Vaccination in the Punjab 1897-1904 - 1897-1904
Year: 1897
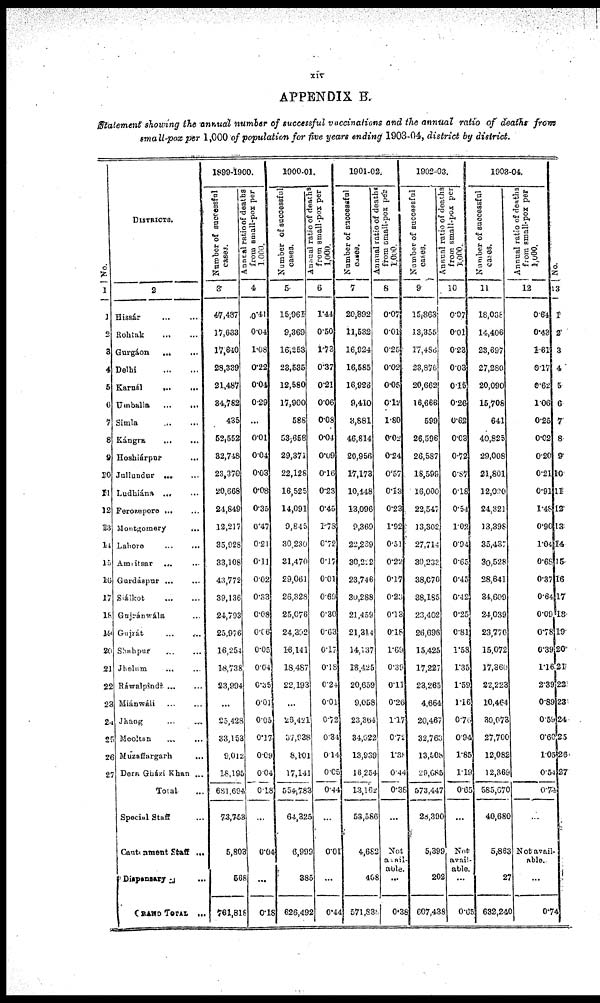
xiv
APPENDIX B.
Statement showing the annual number of successful vaccinations and the annual ratio of deaths from
small-pox per 1,000 of population for five years ending 1903-04, district by district.
No.
1
1
2
3
4
5
6
7
8
9
10
11
12
13
14
15
16
17
18
19
20
21
22
23
24
25
26
27
DISTRICTS.
2
Hissár ... ...
Rohtak ... ...
Gurgáon
... ...
Delhi ... ...
Karnál
... ...
Umballa
...
...
Simla
... ...
Kángra ... ...
Hoshiárpur ...
Jullundur ... ...
Ludhiána ... ...
Ferozepore ...
...
Montgomery
...
Lahore ... ...
Amritsar ... ...
Gurdáspur ... ...
Siálkot
...
...
Gujránwála ...
Gujrát
...
...
Shahpur
... ...
Jhelum ... ...
Ráwalpindi ... ...
Miánwáli ... ...
Jhang ... ...
Mooltan ... ...
Muzaffargarh ...
Dera Gházi Khan ...
Total ...
Special Staff ...
Cantonment Staff ...
Dispensary ...
GRAND TOTAL ...
1899-1900.
N umber of successful
cases.
3
47,437
17,633
17,640
28,339
21,487
34,782
435
52,552
32,748
23,370
20,668
24,849
12,217
35,928
33,108
43,772
39,136
24,793
25,976
16,254
18,738
23,994
...
25,428
33,153
9,012
18,195
681,694
73,753
5,803
568
761,818
Annual ratio of deaths
from small-pox per
1,000.
4
0.41
0.04
1.08
0.22
0.04
0.29
...
0.01
0.04
0.03
0.08
0.35
0.47
0.21
0.11
0.02
0.33
0.08
0.06
0.05
0.04
0.35
0.01
0.05
0.17
0.09
0.04
0.18
...
0.04
...
0.18
1900-01.
Number of successful
cases.
5
15,961
9,369
16,253
23,535
12,580
17,900
588
53,658
29,371
22,128
16,525
14,091
9,845
30,230
31,470
29,061
26,328
25,076
24,392
16,141
18,487
22,193
...
26,421
37,938
8,101
17,141
554,783
64,325
6,999
385
626,492
Annual ratio of deaths
from small-pox per
1,000.
6
1.44
0.50
1.73
0.37
0.21
0.06
0.08
0.04
0.09
0.16
0.23
0.45
1.78
0.72
0.17
0.01
0.69
0.30
0.63
0.17
0.18
0.24
0.01
0.72
0.34
0.14
0.05
0.44
...
0.01
...
0.44
1901-02.
Number of successful
cases.
7
20,892
11,532
16,924
16,585
16,926
9,410
3,881
46,814
20,956
17,173
10,448
13,096
9,369
22,289
30,222
23,746
30,288
21,459
21,314
14,137
18,425
20,659
9,058
23,364
34,022
13,939
16,254
13,162
53,586
4,682
408
571,838
Annual ratio of deaths
from small-pox pér
1,000.
8
0.07
0.01
0.25
0.02
0.05
0.12
1.80
0.02
0.24
0.57
0.13
0.23
1.92
0.51
0.22
0.17
0.23
0.13
0.18
1.69
0.39
0.11
0.26
1.17
0.72
1.38
0.44
0.38
...
Not
avail¬
able.
...
0.38
1902-03.
Number of successful
cases.
9
15,863
13,355
17,486
23,876
20,662
16,666
599
26,596
26,587
18,599
16,000
22,547
13,302
27,714
30,233
38,070
38,185
23,402
26,696
15,425
17,227
23,265
4,664
20,467
32,763
13,508
29,685
573,447
28,390
5,399
202
607,438
Annual ratio of deaths
from small-pox per
1,000.
10
0.07
0.01
0.23
0.03
0.15
0.26
0.62
0.03
0.72
0.87
0.18
0.54
1.02
0.94
0.65
0.45
0.42
0.25
0.81
1.58
1.35
1.59
1.16
0.76
0.94
1.85
1.19
0.65
...
Not
avail-
able.
...
0.65
1903-04.
Number of successful
cases.
11
18,038
14,406
23,697
27,280
20,090
15,708
641
40,825
29,008
21,801
12,090
24,321
13,398
35,437
30,528
28,641
34,609
24,039
23,770
15,072
17,360
22,223
10,464
30,073
27,700
12,082
12,369
585,670
40,680
5,863
27
632,240
Annual ratio of deaths
from small-pox per
1,000.
12
0.64
0.43
1.61
0.17
0.62
1.06
0.25
0.02
0.20
0.21
0.91
1.48
0.90
1.04
0.68
0.37
0.64
0.09
0.78
0.39
1.16
2.39
0.89
0.59
0.60
1.05
0.54
0.74
...
Not avail-
able.
...
0.74
No.
13
1
2
3
4
5
6
7
8
9
10
11
12
13
14
15
16
17
18
19
20
21
22
23
24
25
26
27